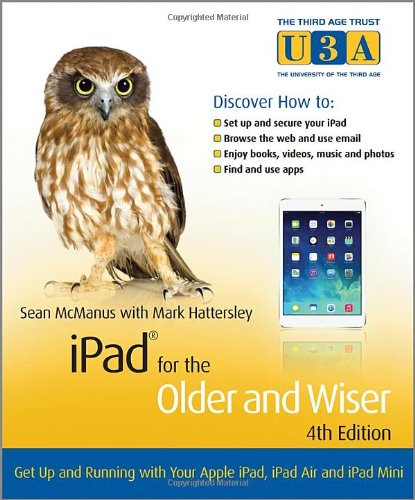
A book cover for iPad for the Older and Wiser: Get Up and Running with Your Apple iPad, iPad Air and iPad Mini; Sean McManus; Computers & Technology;